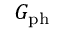
G _ { \mathrm { p h } }